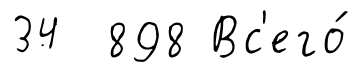
34 898 Вс'его́